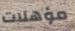
مؤهلات